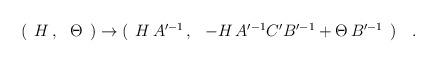
LaTeX: \begin{align*}( \begin{array}{cc} H \, , & \Theta \end{array} )\rightarrow ( \begin{array}{cc} H \, A'^{-1} \, , & -H \, A'^{-1} C' B'^{-1} +\Theta \, B'^{-1} \end{array} )\quad .\end{align*}